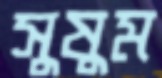
সুষুম